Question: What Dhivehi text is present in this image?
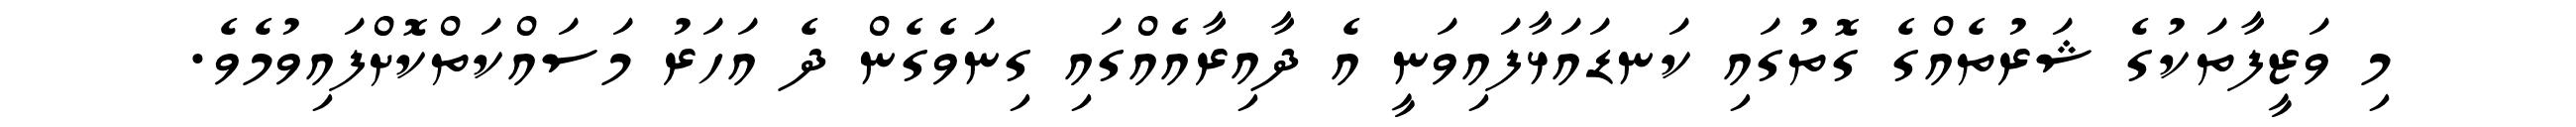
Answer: މި ވަޒީފާތަކުގެ ޝަރުތެއްގެ ގޮތުގައި ކަނޑައަޅާފައިވަނީ އެ ދާއިރާއެއްގައި ގިނަވެގެން ދެ އަހަރު މަސައްކަތްކޮށްފައިވުމެވެ.